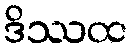
ဒိဿထ